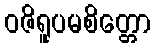
ဝဇိရူပမစိတ္တော